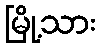
မြို့သား